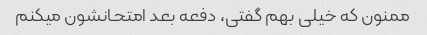
ممنون که خیلی بهم گفتی، دفعه بعد امتحانشون میکنم